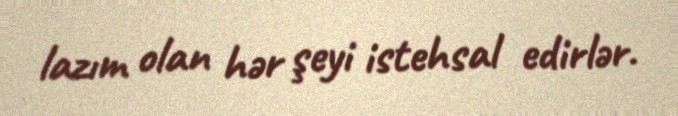
lazım olan hər şeyi istehsal edirlər.